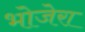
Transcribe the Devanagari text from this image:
भोजेरा